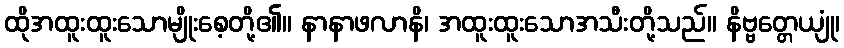
ထိုအထူးထူးသောမျိုးစေ့တို့၏။ နာနာဖလာနိ၊ အထူးထူးသောအသီးတို့သည်။ နိဗ္ဗတ္တေယျုံ၊